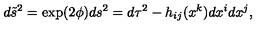
d \tilde { s } ^ { 2 } = \exp ( 2 \phi ) d s ^ { 2 } = d \tau ^ { 2 } - h _ { i j } ( x ^ { k } ) d x ^ { i } d x ^ { j } ,